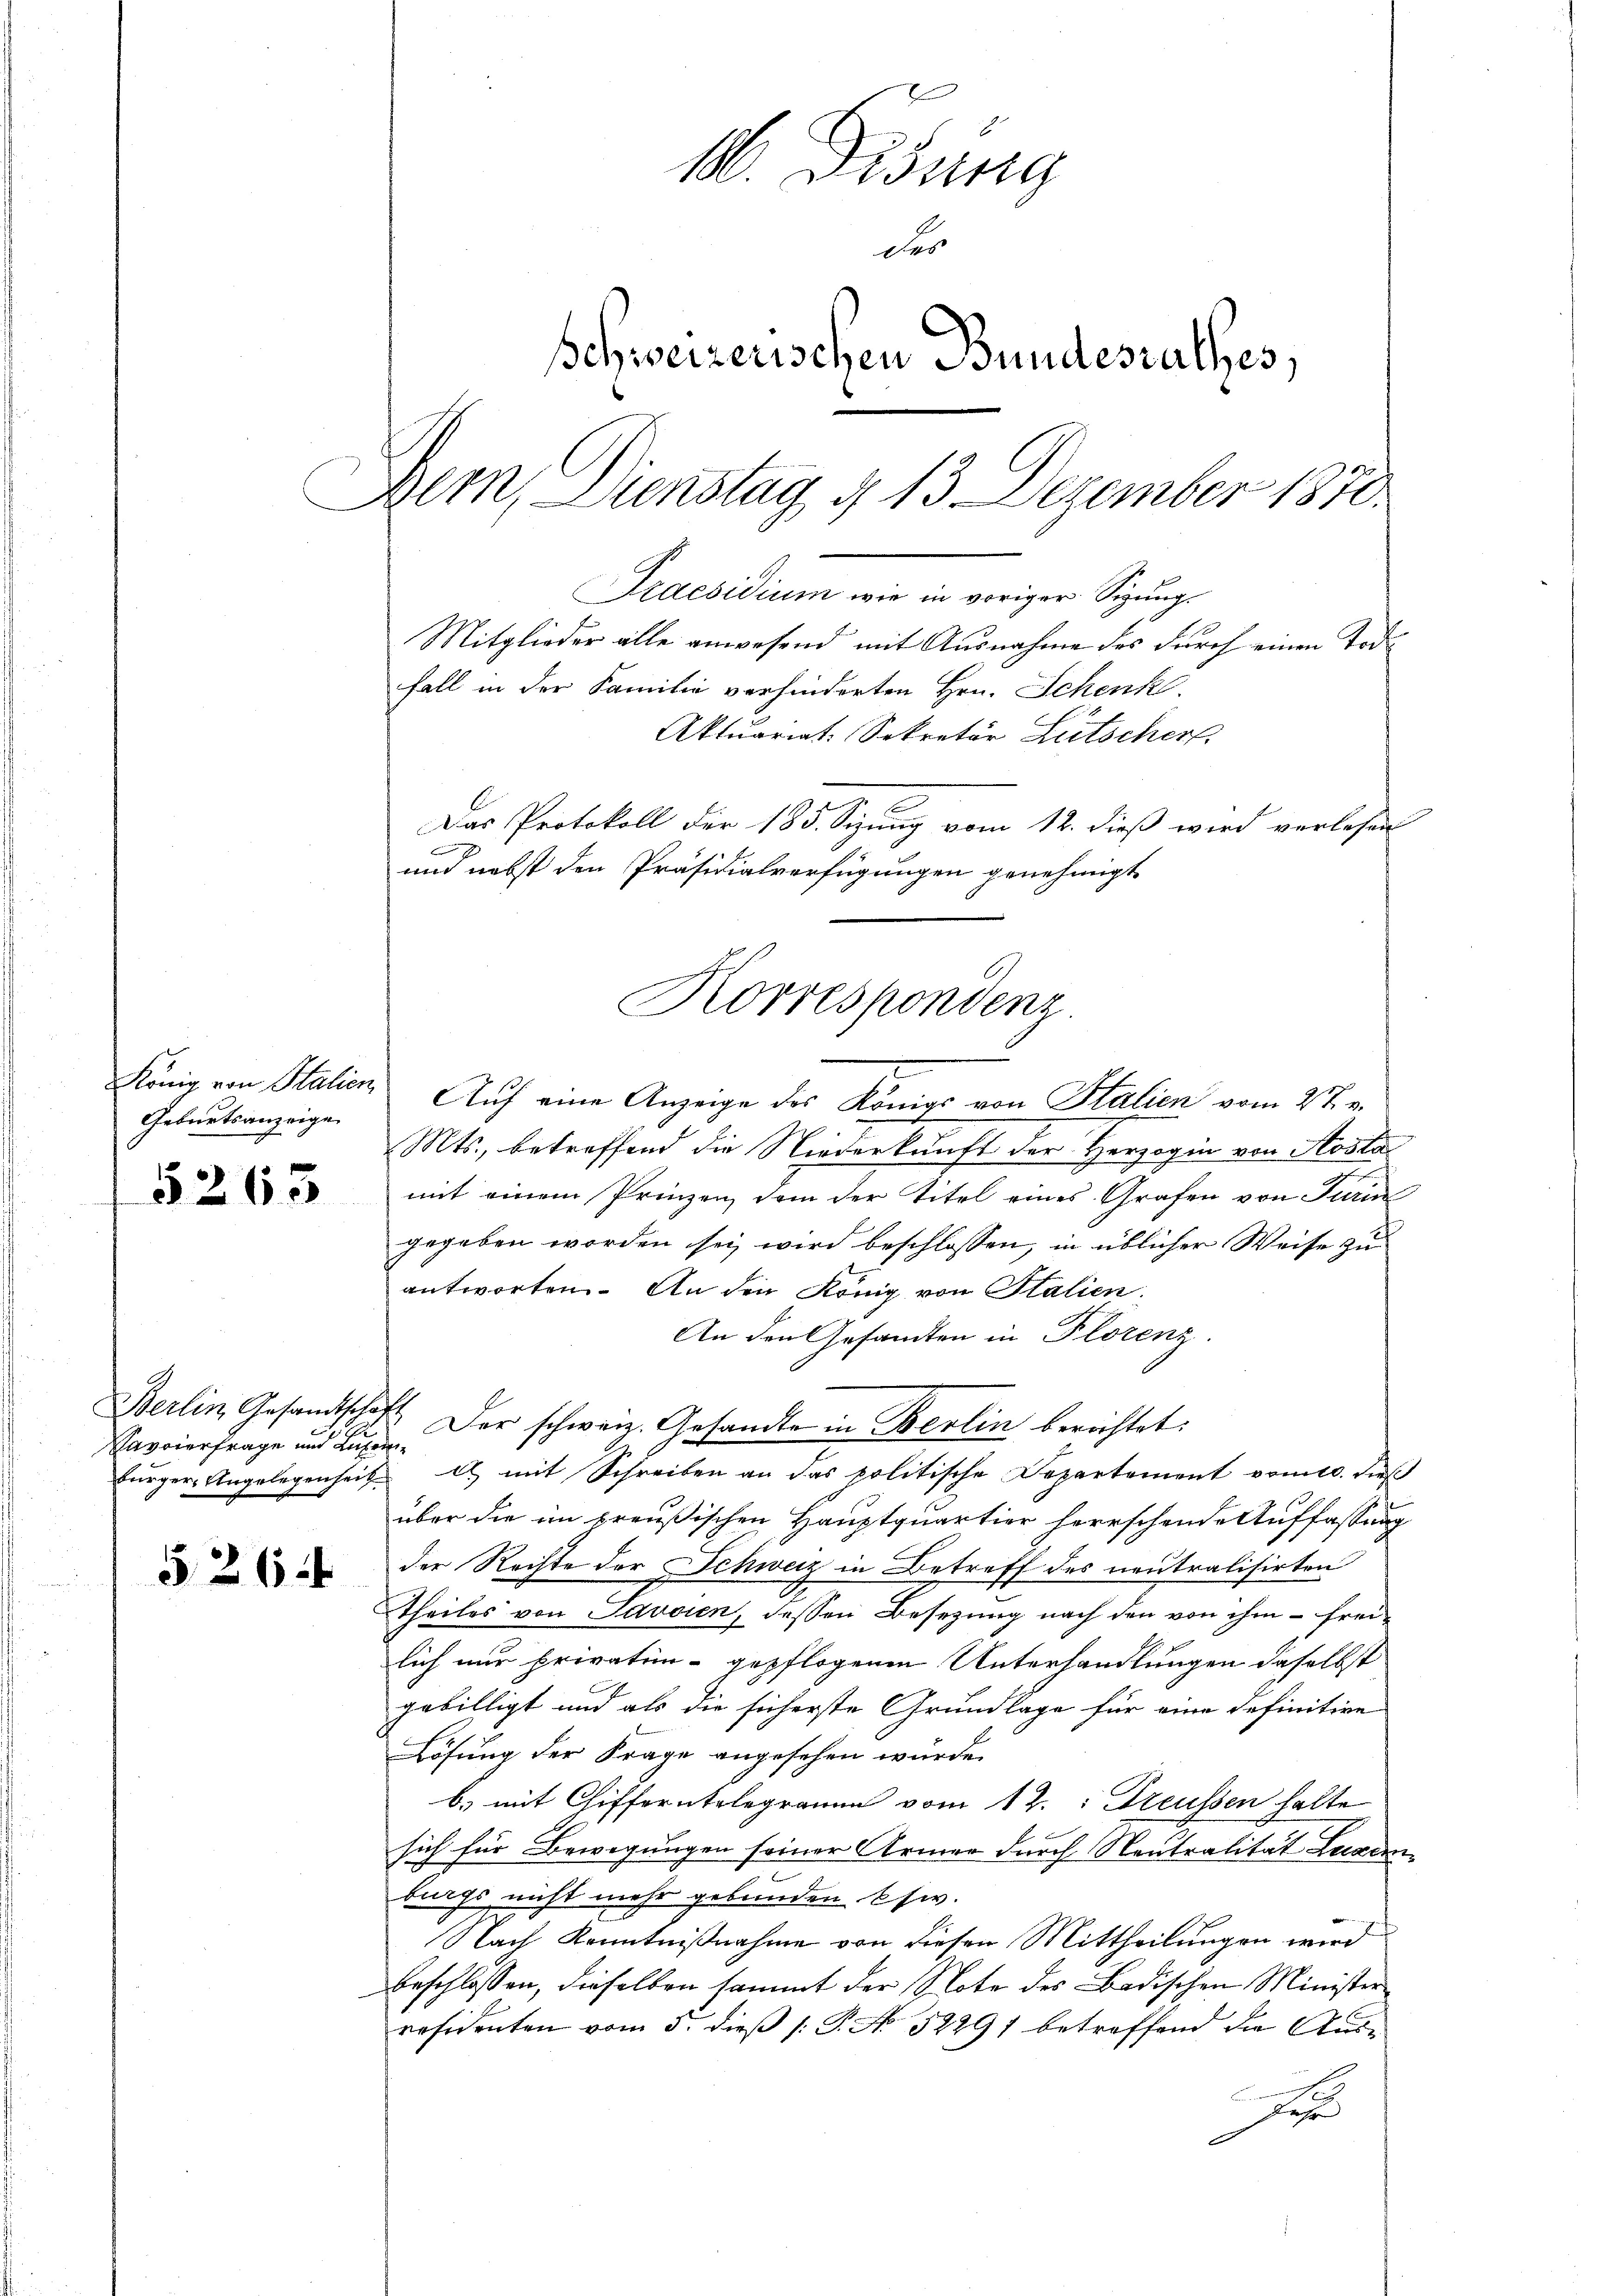
Geburtsanzeige

5268

1
Savoierfrage und Luzern

526

1 Dösung
der
schweizerischen Bundesrathes,
Dem Dienstag d. 13. Dezember 1870.
Praesidium wie in voriger Sizung.
Mitglieder alle anwesend mit Ausnahme des durch einen Tode
fall in der Familie verhinderten Hrn. Schenk
Aktuariat Sekretär Lütscher
Das Protokoll der 185. Sizung vom 12. dieß wird verlesen

und nebst den Präsidialverfügungen genehmigt
Korrespondenz.
1

Berlin Gesandtschaft der schweiz. Gesandte in Berlin berichtet:

König von Italien Aŭf eine Anzeige des Königs von Stalien vom 2 t v.
Mts., betreffend die Niederkunft der Herzogin von Aosta
mit einem Prinzen, dem der Titel eines Grafen von Turin
gegeben worden sei wird beschlossen, in üblicher Weise zu
antworten. An den König von Italien.
An den Gesandten in Florenz.
fürger Angelegenheit es mit Schreiben an das politische Departement vom 10. dieβ
über die im preußischen Hauptquartier herrschende Auffassung
der Rechte der Schweiz in Betreff des neutralisirten
theiles von Savoien, dessen Besetzung nach den von ihm - frei-
lich nur privatingepflogenen Unterhandlungen daselbst
gebilligt und als die sicherste Grundlage für eine definitive
Lösung der Frage angesehen wurde.
b) mit Gifferntelegramm vom 12. " Freussen halte
sich für Bewegungen seiner Armer durch Neutralität Laden
burgs nicht mehr gebunden kiv.
Nach Kenntnißnahme von diesen Mittheilungen wird
beschlossen, dieselben sammt der Note des Badischen Minister
residenten vom 5. dieß 1: P. No. 32297 betreffend die Ausd